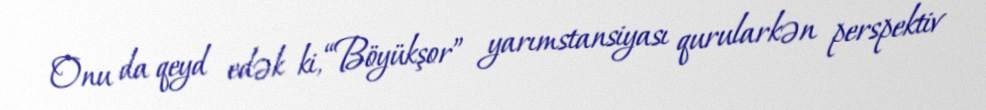
Onu da qeyd edək ki, “Böyükşor” yarımstansiyası qurularkən perspektiv